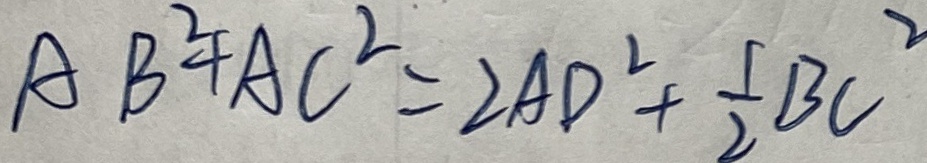
A B ^ { 2 } + A C ^ { 2 } = 2 A D ^ { 2 } + \frac { 1 } { 2 } B C ^ { 2 }